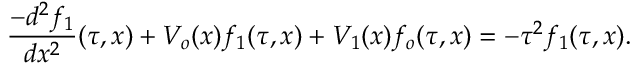
\frac { - d ^ { 2 } f _ { 1 } } { d x ^ { 2 } } ( \tau , x ) + V _ { o } ( x ) f _ { 1 } ( \tau , x ) + V _ { 1 } ( x ) f _ { o } ( \tau , x ) = - \tau ^ { 2 } f _ { 1 } ( \tau , x ) .